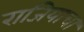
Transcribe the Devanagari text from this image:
राजियाचा